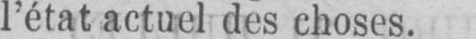
l’état actuel des choses.